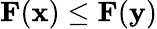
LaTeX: \mathbf{F}(\mathbf{x})\le\mathbf{F}(\mathbf{y})